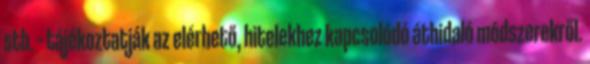
stb. – tájékoztatják az elérhető, hitelekhez kapcsolódó áthidaló módszerekről.